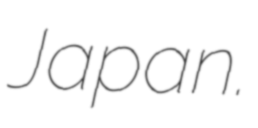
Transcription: Japan.